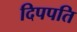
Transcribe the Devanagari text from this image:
दिपपति